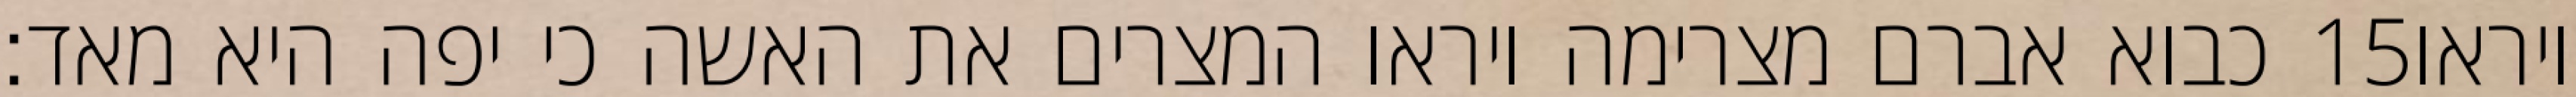
כבוא אברם מצרימה ויראו המצרים את האשה כי יפה היא מאד׃ ‎15‏ ויראו